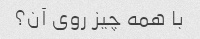
با همه چیز روی آن؟